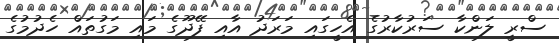
ސްރީ ލަންކާ ސަރުކާރުގެ އެހީގައި މަރަދު އާއި ފޭދޫގެ މައި މަގުތައް ހެދުމުގެ